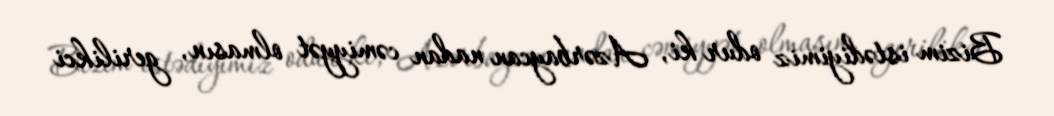
Bizim istədiyimiz odur ki, Azərbaycan nadan cəmiyyət olmasın, gerilikci